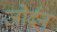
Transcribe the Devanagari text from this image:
जोर्दन